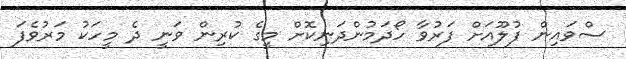
ސްވައިން ފުލޫއަށް ފަރުވާ ހޯދަމުންދަނިކޮށް މީގެ ކުރިން ވަނީ ދެ މީހަކު މަރުވެފަ